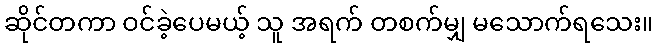
ဆိုင်တကာ ဝင်ခဲ့ပေမယ့် သူ အရက် တစက်မျှ မသောက်ရသေး။